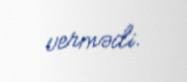
vermədi.